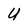
Character: U